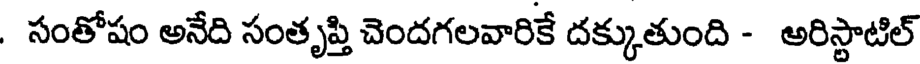
. సంతోషం అనేది సంతృప్తి చెందగలవారికే దక్కుతుంది - అరిస్టాటిల్